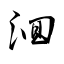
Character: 洄